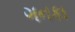
ગનકા